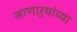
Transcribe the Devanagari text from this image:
जाणार्‍यांच्या